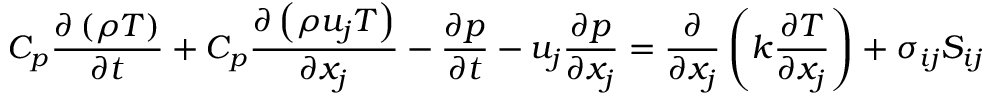
C _ { p } \frac { \partial \left( \rho T \right) } { \partial t } + C _ { p } \frac { \partial \left( \rho u _ { j } T \right) } { \partial x _ { j } } - \frac { \partial p } { \partial t } - u _ { j } \frac { \partial p } { \partial x _ { j } } = \frac { \partial } { \partial x _ { j } } \left( k \frac { \partial T } { \partial x _ { j } } \right) + \sigma _ { i j } S _ { i j }